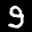
Label: 9